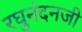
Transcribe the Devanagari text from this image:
रघुनंदनजी